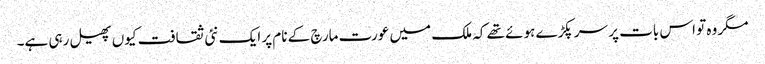
مگر وہ تو اس بات پر سر پکڑے ہوئے تھے کہ ملک میں عورت مارچ کے نام پر ایک نئی ثقافت کیوں پھیل رہی ہے۔